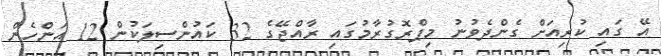
އޭ ގައި ކުރިއަށް ގެންދެވުނު މިޕްރޮގުރާމުގައި ރާއްޖޭގެ 32 ކައުންސިލަކުން 12 އަންހެން